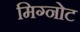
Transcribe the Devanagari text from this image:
मिग्नोट